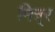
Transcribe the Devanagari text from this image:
मित्र्र